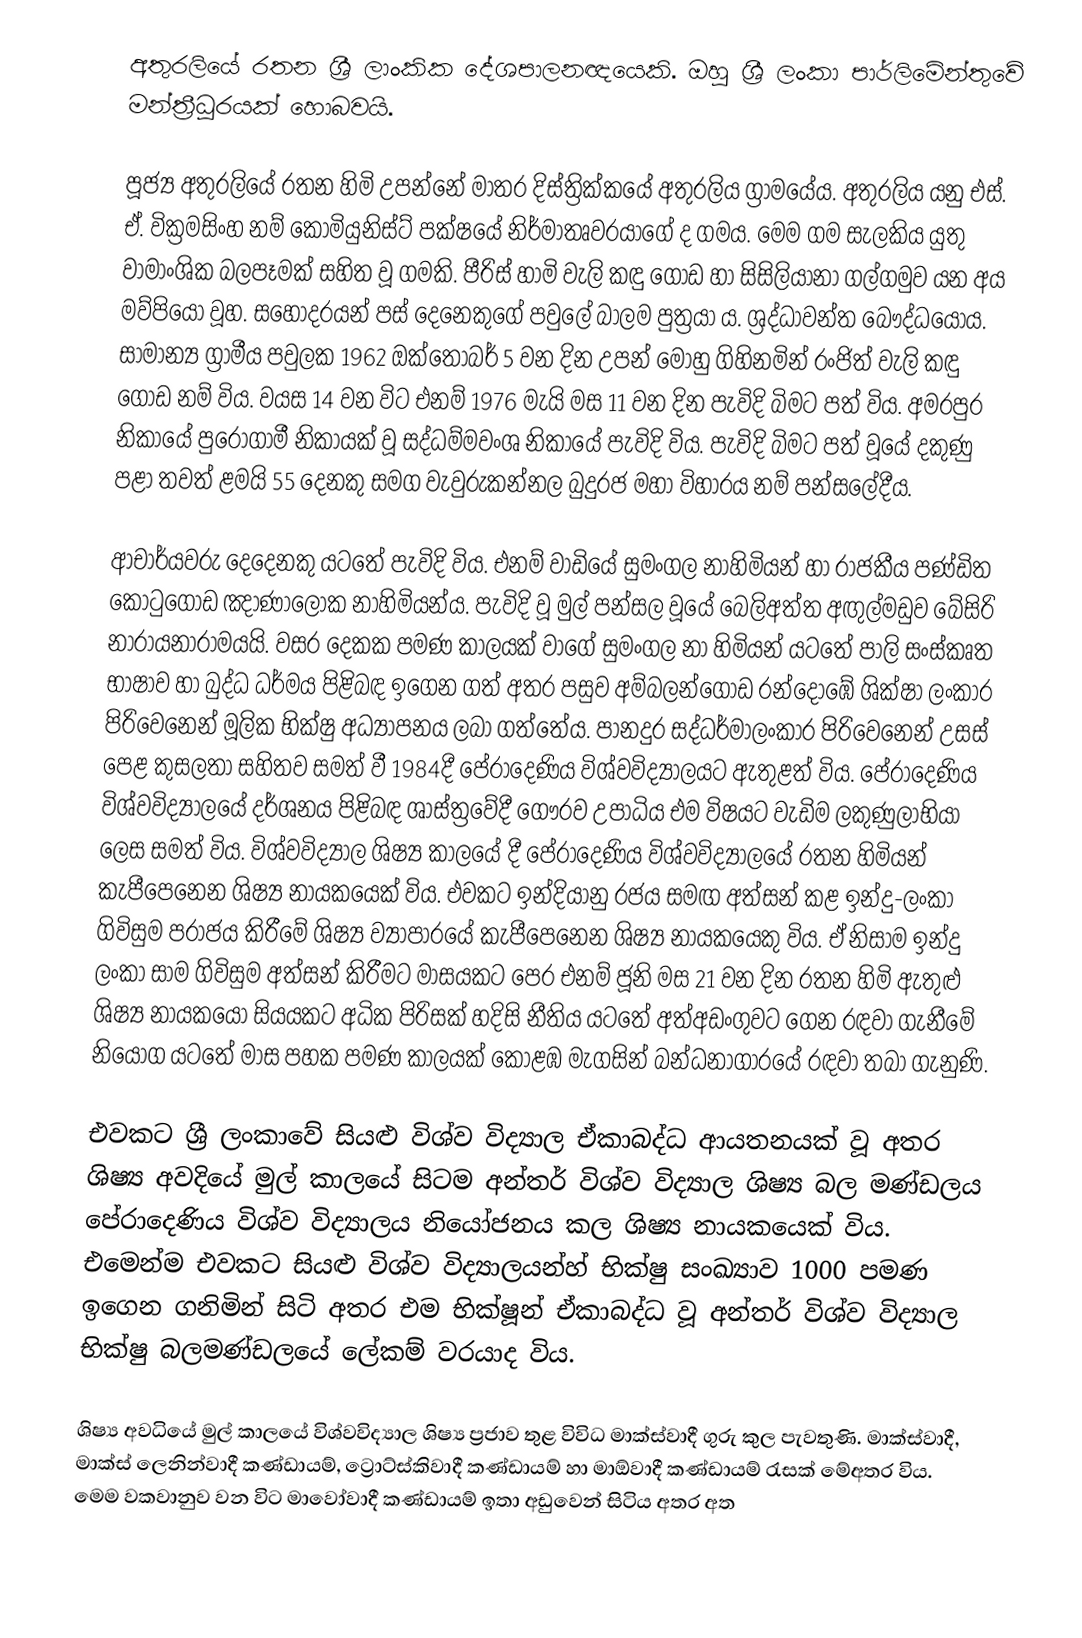
අතුරලියේ රතන ශ්‍රී ලාංකික දේශපාලනඥයෙකි. ඔහු ශ්‍රී ලංකා පාර්ලිමේන්තුවේ මන්ත්‍රීධූරයක් හොබවයි.

පූජ්‍ය අතුරලියේ රතන හිමි උපන්නේ මාතර දිස්ත්‍රික්කයේ අතුරලිය ග්‍රාමයේය. අතුරලිය යනු එස්. ඒ. වික්‍රමසිංහ නම් කොමියුනිස්ට් පක්ෂයේ නිර්මාතෘවරයාගේ ද ගමය. මෙම ගම සැලකිය යුතු වාමාංශික බලපෑමක් සහිත වූ ගමකි. පීරිස් හාමි වැලි කඳු ගොඩ හා සිසිලියානා ගල්ගමුව යන අය මව්පියෝ වූහ. සහෝදරයන් පස් දෙනෙකුගේ පවුලේ බාලම පුත්‍රයා ය.  ශ්‍රද්ධාවන්ත බෞද්ධයෝය. සාමාන්‍ය ග්‍රාමීය පවුලක 1962 ඔක්තෝබර් 5 වන දින උපන් මොහු ගිහිනමින් රංජිත් වැලි කඳු ගොඩ නම් විය.   වයස 14 වන විට එනම් 1976 මැයි මස 11 වන දින පැවිදි බිමට පත් විය. අමරපුර නිකායේ පුරෝගාමී නිකායක් වූ සද්ධම්මවංශ නිකායේ පැවිදි විය. පැවිදි බිමට පත් වූයේ දකුණු පළා තවත් ළමයි 55 දෙනකු සමග වැවුරුකන්නල බුදුරජ මහා විහාරය නම් පන්සලේදීය.

⁣ආචාර්යවරු දෙදෙනකු යටතේ පැවිදි විය. එනම් වාඩියේ සුමංගල නාහිමියන් හා රාජකීය පණ්ඩිත කොටුගොඩ ඤාණාලෝක නාහිමියන්ය. පැවිදි වූ මුල් පන්සල වූයේ බෙලිඅත්ත අඟුල්මඩුව බේසිරි  නාරායනාරාමයයි.  වසර දෙකක පමණ කාලයක් වාගේ සුමංගල නා හිමියන් යටතේ පාලි සංස්කෘත භාෂාව හා බුද්ධ ධර්මය පිළිබඳ ඉගෙන ගත් අතර පසුව අම්බලන්ගොඩ රන්දොඹේ ශික්ෂා ලංකාර පිරිවෙනෙන් මූලික භික්ෂු අධ්‍යාපනය ලබා ගත්තේය. පානදුර සද්ධර්මාලංකාර පිරිවෙනෙන් උසස් පෙළ කුසලතා සහිතව සමත් වී 1984දී පේරාදෙණිය විශ්වවිද්‍යාලයට ඇතුළත් විය. පේරාදෙණිය විශ්වවිද්‍යාලයේ දර්ශනය පිළිබඳ ශාස්ත්‍රවේදී ගෞරව උපාධිය එම විෂයට වැඩිම ලකුණුලාභියා ලෙස සමත් විය. විශ්වවිද්‍යාල ශිෂ්‍ය කාලයේ දී පේරාදෙණිය විශ්වවිද්‍යාලයේ රතන හිමියන් කැපීපෙනෙන ශිෂ්‍ය නායකයෙක් විය. එවකට ඉන්දියානු රජය සමඟ අත්සන් කළ ඉන්දු-ලංකා ගිවිසුම පරාජය කිරීමේ ශිෂ්‍ය ව්‍යාපාරයේ කැපීපෙනෙන ශිෂ්‍ය නායකයෙකු විය. ඒ නිසාම ඉන්දු ලංකා සාම ගිවිසුම අත්සන් කිරීමට මාසයකට පෙර එනම් ජූනි මස  21 වන දින රතන හිමි ඇතුළු ශිෂ්‍ය නායකයෝ සියයකට අධික පිරිසක් හදිසි නීතිය යටතේ අත්අඩංගුවට ගෙන රඳවා ගැනීමේ නියෝග යටතේ මාස පහක පමණ කාලයක් කොළඹ මැගසින් බන්ධනාගාරයේ රඳවා තබා ගැනුණි.

එවකට ශ්‍රී ලංකාවේ සියළු විශ්ව විද්‍යාල ඒකාබද්ධ ආයතනයක් වූ අතර ශිෂ්‍ය අවදියේ මුල් කාලයේ සිටම අන්තර් විශ්ව විද්‍යාල ශිෂ්‍ය බල මණ්ඩලය පේරාදෙණිය විශ්ව විද්‍යාලය නියෝජනය කල ශිෂ්‍ය නායකයෙක් විය. එමෙන්ම එවකට සියළු විශ්ව විද්‍යාලයන්හ් භික්ෂු සංඛ්‍යාව 1000 පමණ ඉගෙන ගනිමින් සිටි අතර එම භික්ෂූන් ඒකාබද්ධ වූ අන්තර් විශ්ව විද්‍යාල භික්ෂු බලමණ්ඩලයේ ලේකම් වරයාද විය.

ශිෂ්‍ය අවධියේ මුල් කාලයේ විශ්වවිද්‍යාල ශිෂ්‍ය ප්‍රජාව තුළ විවිධ මාක්ස්වාදී ගුරු කුල පැවතුණි. මාක්ස්වාදී, මාක්ස් ලෙනින්වාදී කණ්ඩායම්, ට්‍රොට්ස්කිවාදී කණ්ඩායම් හා මාඕවාදී කණ්ඩායම් රැසක් මේඅතර විය. මෙම වකවානුව වන විට මාවෝවාදී කණ්ඩායම් ඉතා අඩුවෙන් සිටිය අතර අත